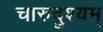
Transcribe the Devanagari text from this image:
चारुद्रुश्यम्